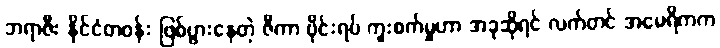
ဘရာဇီး နိုင်ငံတဝန်း ဖြစ်ပွားနေတဲ့ ဇီကာ ဗိုင်းရပ် ကူးစက်မှုဟာ အခုဆိုရင် လက်တင် အမေရိကက